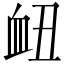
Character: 衄